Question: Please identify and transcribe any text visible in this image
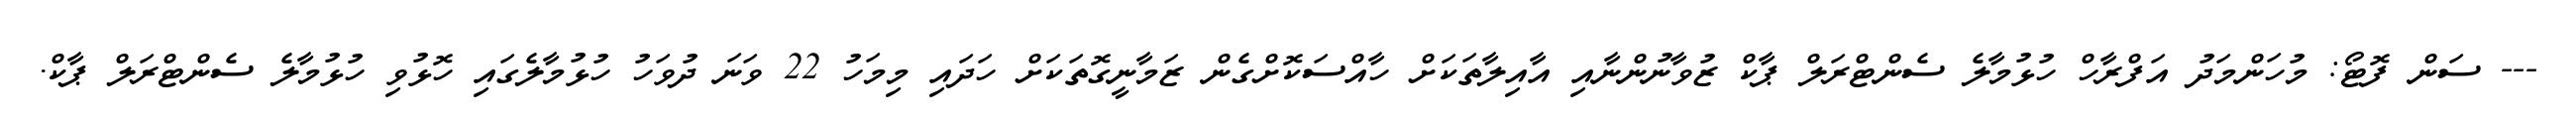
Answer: --- ސަން ފޮޓޯ: މުހަންމަދު އަފްރާހް ހުޅުމާލެ ސެންޓްރަލް ޕާކް ޒުވާނުންނާއި އާއިލާތަކަށް ހާއްސަކޮށްގެން ޒަމާނީގޮތަކަށް ހަދައި މިމަހު 22 ވަނަ ދުވަހު ހުޅުމާލެގައި ހޮޅުވި ހުޅުމާލެ ސެންޓްރަލް ޕާކް.